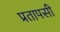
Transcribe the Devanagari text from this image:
प्रतापसी